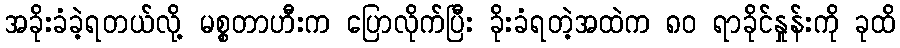
အခိုးခံခဲ့ရတယ်လို့ မစ္စတာဟီးက ပြောလိုက်ပြီး ခိုးခံရတဲ့အထဲက ၈၀ ရာခိုင်နှုန်းကို ခုထိ